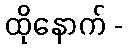
ထိုနောက် -